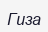
Гиза